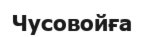
Чусовойға